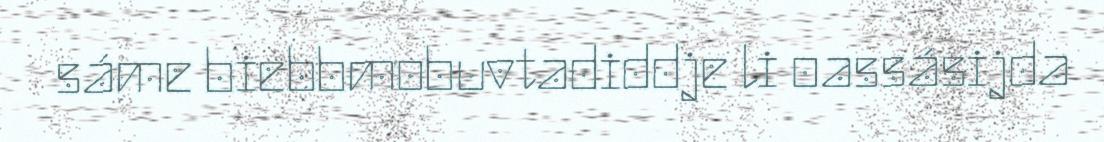
sáme biebbmobuvtadiddje li oassásijda